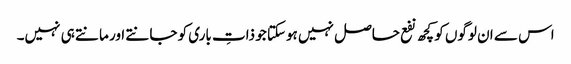
اس سے ان لوگوں کو کچھ نفع حاصل نہیں ہوسکتا جو ذاتِ باری کو جانتے اور مانتے ہی نہیں۔